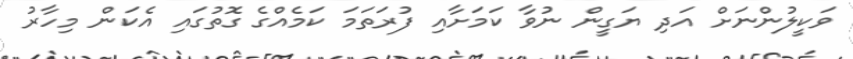
ވަކީލުންނަށް އަދި ޔަގީން ނުވާ ކަމަށާއި ފުރަތަމަ ކަމެއްގެ ގޮތުގައި އެކަން މިހާރު